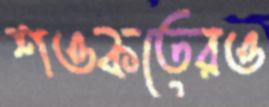
শওকতেরও